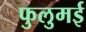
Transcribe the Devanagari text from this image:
फुलुमई